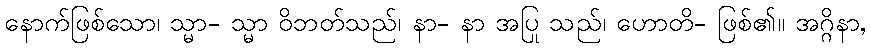
နောက်ဖြစ်သော၊ သ္မာ- သ္မာ ဝိဘတ်သည်၊ နာ- နာ အပြု သည်၊ ဟောတိ- ဖြစ်၏။ အဂ္ဂိနာ,